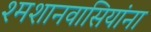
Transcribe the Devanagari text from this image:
श्मशानवासियांना